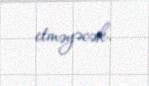
etməyəcək.